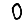
Digit: 0